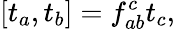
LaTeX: [t_{a},t_{b}]=f_{ab}^{c}t_{c},